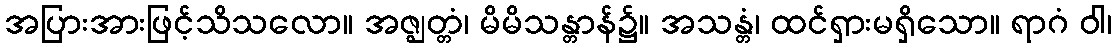
အပြားအားဖြင့်သိသလော။ အဇ္ဈတ္တံ၊ မိမိသန္တာန်၌။ အသန္တံ၊ ထင်ရှားမရှိသော။ ရာဂံ ဝါ၊